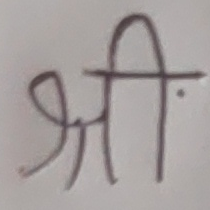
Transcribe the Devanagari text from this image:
श्री